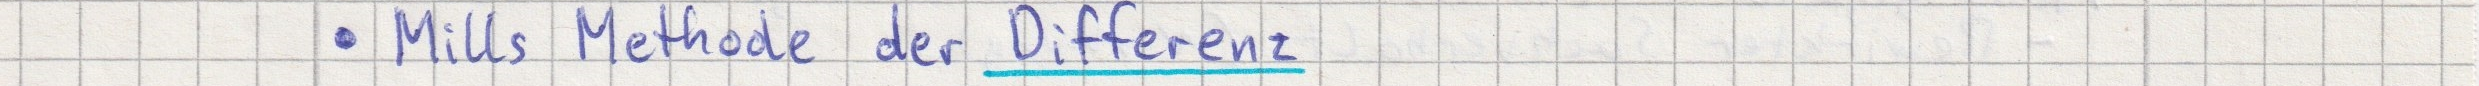
- Mills Methode der Differenz